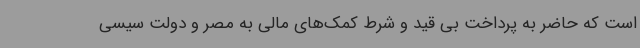
است که حاضر به پرداخت بی قید و شرط کمک‌های مالی به مصر و دولت سیسی